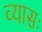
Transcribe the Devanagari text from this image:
व्यासः